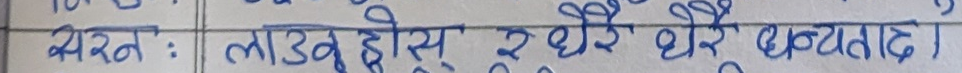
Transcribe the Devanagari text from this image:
वचनः लाउनु होस् र धेरै धेरै धन्यवाद।